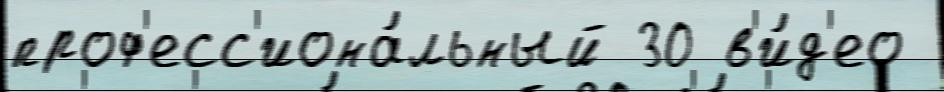
проф'есс'иона́льный 30 в'и́д'ео